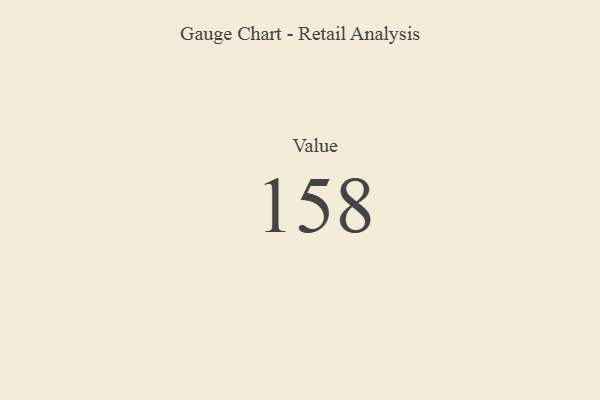
{"axis": {"x": "Metric", "y": "Value"}, "legend": [""], "data": [{"x": "Value", "y": 158, "type": ""}]}